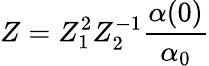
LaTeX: Z=Z_{1}^{2}Z_{2}^{-1}\frac{\alpha(0)}{\alpha_{0}}